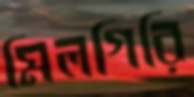
মিলগিরি